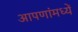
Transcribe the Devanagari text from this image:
आपणांमध्यें